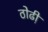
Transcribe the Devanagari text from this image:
ठोढी़